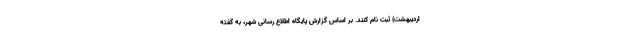
اردیبهشت) ثبت نام کنند. بر اساس گزارش پایگاه اطلاع رسانی شهر، به گفته